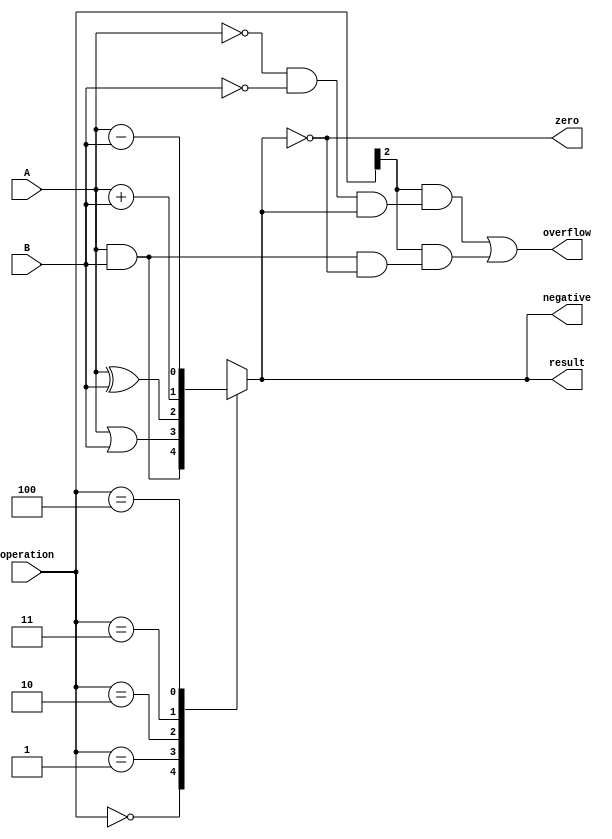
module ALU_1bit (
    input wire A, // 1-bit input A
    input wire B, // 1-bit input B
    input wire [2:0] operation, // Control signal for operation selection
    output reg result, // Output result of the operation
    output reg zero, // Zero flag
    output reg negative, // Negative flag
    output reg overflow // Overflow flag
);

always @(*) begin
    case(operation)
        3'b000: result = A & B; // Bitwise AND
        3'b001: result = A | B; // Bitwise OR
        3'b010: result = A ^ B; // Bitwise XOR
        3'b011: result = A + B; // Addition
        3'b100: result = A - B; // Subtraction
        default: result = 1'bx; // Operation not supported
    endcase
    
    zero = (result == 1'b0); // Set zero flag if result is zero
    negative = (result[0] == 1); // Set negative flag if result is negative
    overflow = (operation[2] && (~A[0] & ~B[0] & result[0])) || // Set overflow flag for addition
               (operation[2] && (A[0] & B[0] & ~result[0])); // Set overflow flag for subtraction
end
endmodule